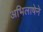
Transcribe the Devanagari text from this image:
अभिलाषेने